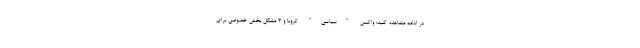
در ادامه مشاهده کنید: واکسن "سیاسی" کرونا و ۳ مشکل بخش خصوصی برای